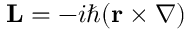
\mathbf { L } = - i \hbar ( \mathbf { r } \times \nabla )